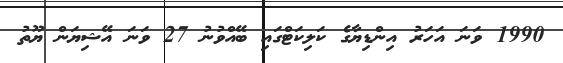
1990 ވަނަ އަހަރު އިންޑިޔާގެ ކަލިކަޓްގައި ބޭއްވުނު 27 ވަނަ އޭޝިޔަން ޔޫތު